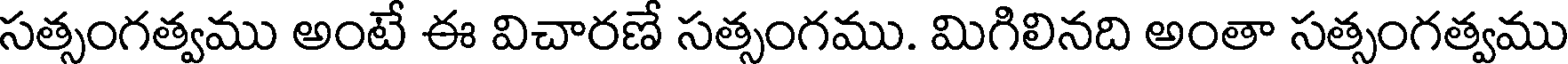
సత్సంగత్వము అంటే ఈ విచారణే సత్సంగము. మిగిలినది అంతా సత్సంగత్వము